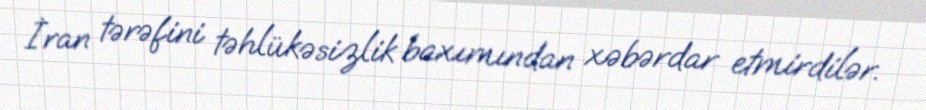
İran tərəfini təhlükəsizlik baxımından xəbərdar etmirdilər.